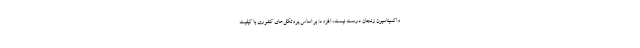
واکسیناسیون زنجان درست نیست، افزود: بر اساس پروتکل‌های کشوری با کیفیت